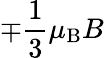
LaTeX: \mp{\frac{1}{3}}\mu_{\mathrm{{B}}}B